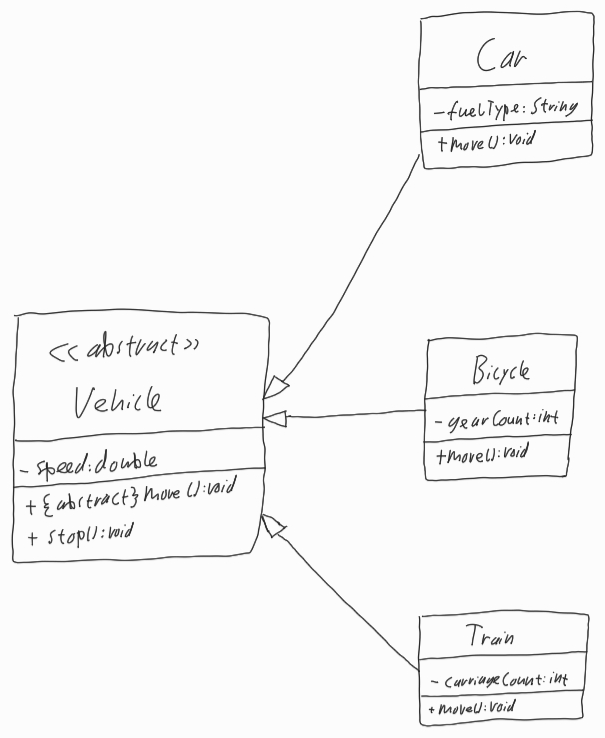
Diagram type: class_diagram
```plantuml
@startuml

left to right direction

abstract Vehicle {
  - speed: double
  + {abstract} move(): void
  + stop(): void
}

class Car extends Vehicle {
  - fuelType: String
  + move(): void
}

class Bicycle extends Vehicle {
  - gearCount: int
  + move(): void
}

class Train extends Vehicle {
  - carriageCount: int
  + move(): void
}

@enduml
```